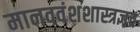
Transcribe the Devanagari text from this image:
मानववंशशास्त्रज्ञच